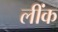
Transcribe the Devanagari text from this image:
लींक